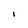
Character: I